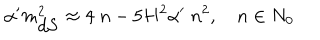
LaTeX: \alpha ^ { \prime } m _ { \mathrm { d S } } ^ { 2 } \approx 4 \; n - 5 H ^ { 2 } \alpha ^ { \prime } \; n ^ { 2 } , \quad n \in N _ { 0 }